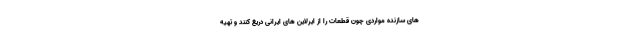
های سازنده مواردی چون قطعات را از ایرلاین های ایرانی دریغ کنند و تهیه